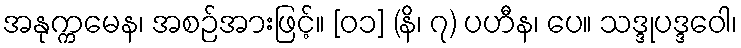
အနုက္ကမေန၊ အစဉ်အားဖြင့်။ [၀၁] (နိ၊ ၇) ပဟီန၊ ပေ။ သဒ္ဒုပဒ္ဒဝေါ၊